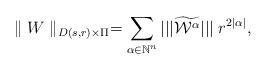
LaTeX: \begin{align*}\parallel W\parallel_{D(s,r)\times\Pi}=\sum_{\alpha\in\mathbb{N}^n}|||\widetilde{\mathcal{W}^{\alpha}}|||\;r^{2|\alpha|},\end{align*}